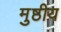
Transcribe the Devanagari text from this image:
मुष्ठीय